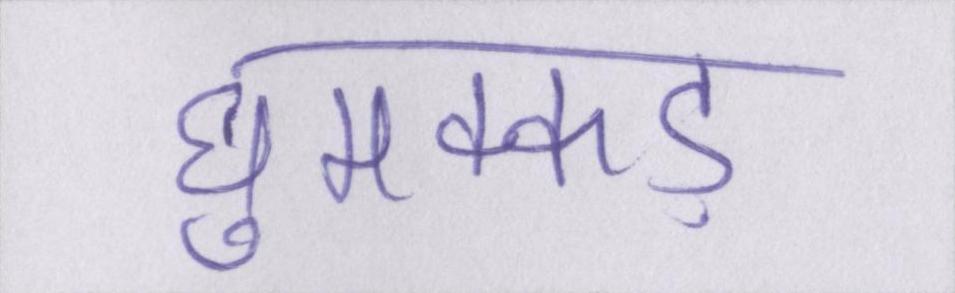
घुमक्कड़